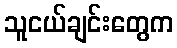
သူငယ်ချင်းတွေက